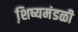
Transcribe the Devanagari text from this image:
शि़ष्यमंडळी